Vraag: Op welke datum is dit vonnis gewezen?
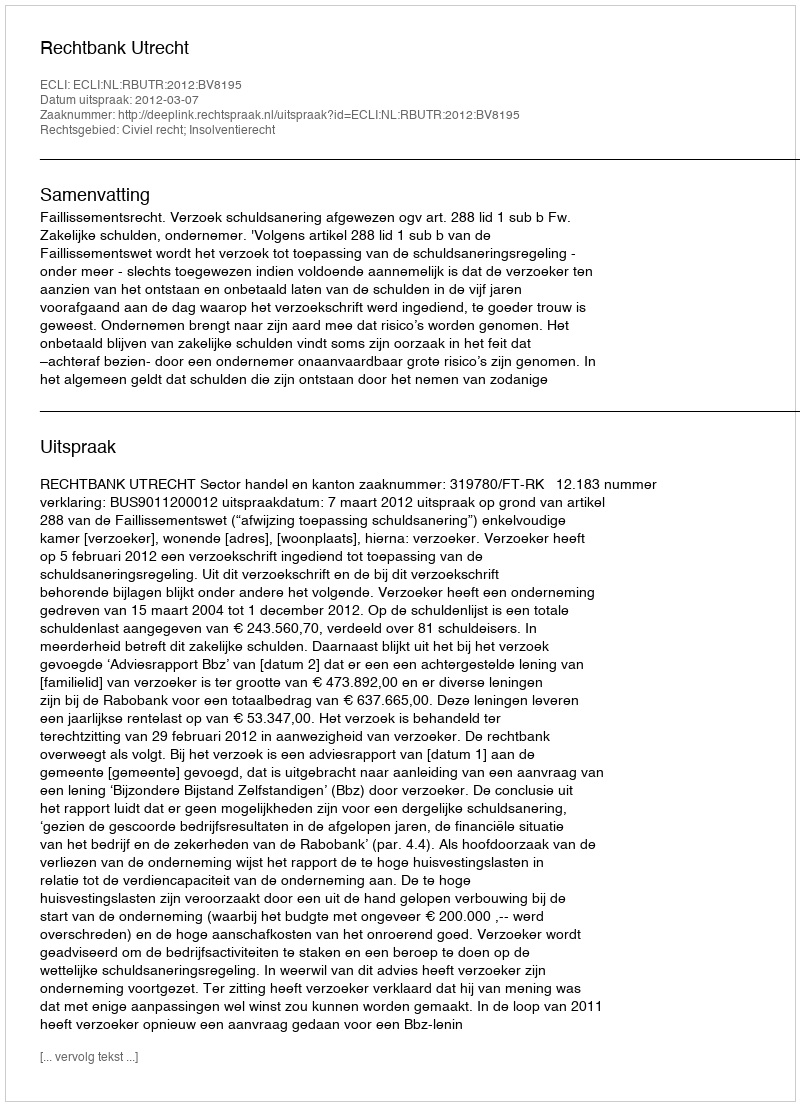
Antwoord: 2012-03-07